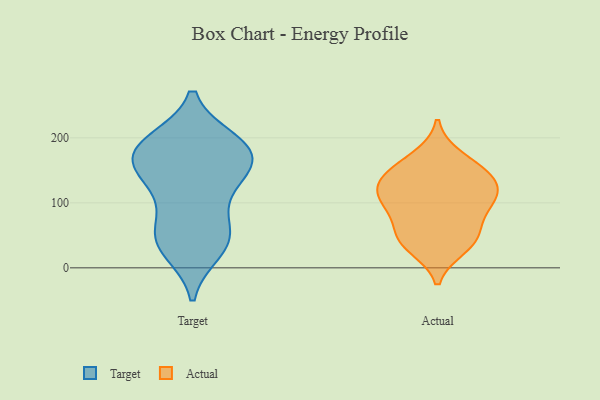
{"axis": {"x": "Temperature (°C)", "y": "Value"}, "legend": ["Actual", "Target"], "data": [{"x": "", "y": 123, "type": "Target"}, {"x": "", "y": 27, "type": "Target"}, {"x": "", "y": 151, "type": "Target"}, {"x": "", "y": 186, "type": "Target"}, {"x": "", "y": 48, "type": "Target"}, {"x": "", "y": 194, "type": "Target"}, {"x": "", "y": 66, "type": "Target"}, {"x": "", "y": 178, "type": "Target"}, {"x": "", "y": 117, "type": "Target"}, {"x": "", "y": 157, "type": "Target"}, {"x": "", "y": 193, "type": "Target"}, {"x": "", "y": 36, "type": "Target"}, {"x": "", "y": 47, "type": "Target"}, {"x": "", "y": 161, "type": "Target"}, {"x": "", "y": 178, "type": "Target"}, {"x": "", "y": 58, "type": "Actual"}, {"x": "", "y": 92, "type": "Actual"}, {"x": "", "y": 32, "type": "Actual"}, {"x": "", "y": 46, "type": "Actual"}, {"x": "", "y": 134, "type": "Actual"}, {"x": "", "y": 170, "type": "Actual"}, {"x": "", "y": 104, "type": "Actual"}, {"x": "", "y": 133, "type": "Actual"}, {"x": "", "y": 41, "type": "Actual"}, {"x": "", "y": 138, "type": "Actual"}, {"x": "", "y": 154, "type": "Actual"}, {"x": "", "y": 110, "type": "Actual"}, {"x": "", "y": 101, "type": "Actual"}]}